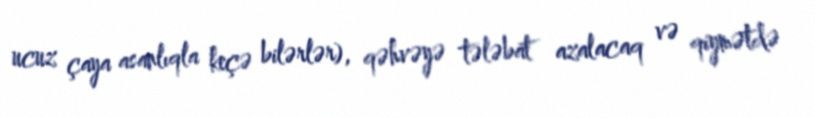
ucuz çaya asanlıqla keçə bilərlər), qəhvəyə tələbat azalacaq və qiymətdə